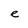
Character: e